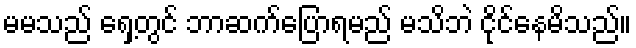
မမသည် ရှေ့တွင် ဘာဆက်ပြောရမည် မသိဘဲ ငိုင်နေမိသည်။